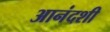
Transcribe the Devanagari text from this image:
आनंदशी